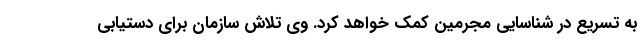
به تسریع در شناسایی مجرمین کمک خواهد کرد. وی تلاش سازمان برای دستیابی